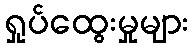
ရှုပ်ထွေးမှုများ